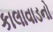
કાલાવાડનો